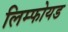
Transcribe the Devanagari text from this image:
लिम्फोयड